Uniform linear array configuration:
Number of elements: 16
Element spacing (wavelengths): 0.25
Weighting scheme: hann
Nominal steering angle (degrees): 45
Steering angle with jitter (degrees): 43.595
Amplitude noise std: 0.05
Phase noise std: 0.05

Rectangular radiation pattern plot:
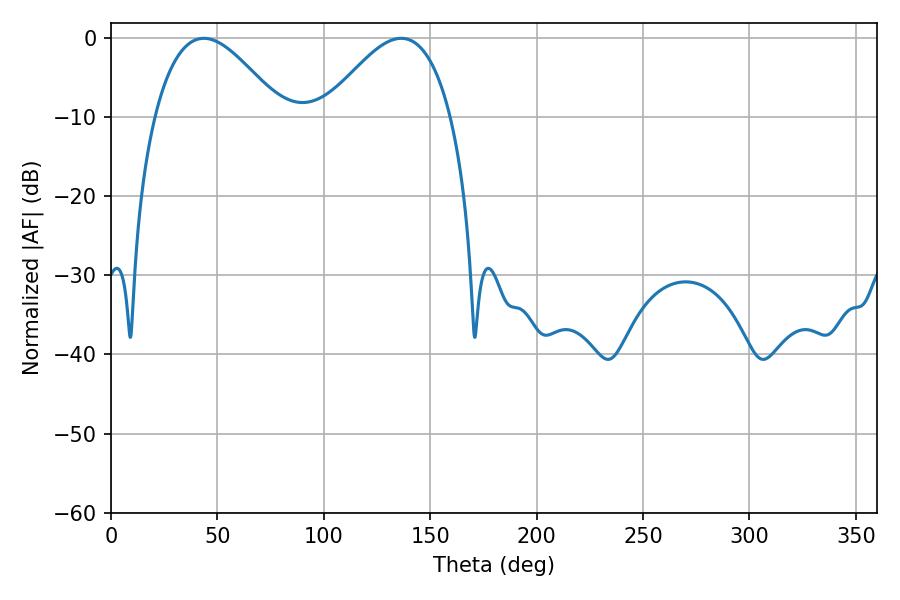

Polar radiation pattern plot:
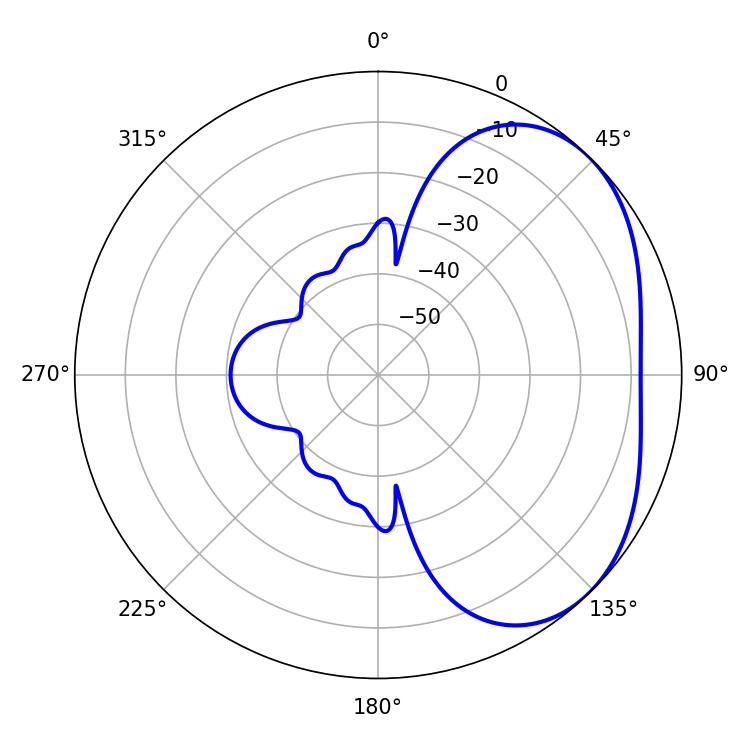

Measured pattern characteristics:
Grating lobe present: FALSE
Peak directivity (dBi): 3.371
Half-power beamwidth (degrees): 32.22
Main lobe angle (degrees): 43.56